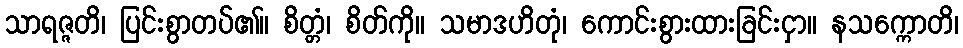
သာရဇ္ဇတိ၊ ပြင်းစွာတပ်၏။ စိတ္တံ၊ စိတ်ကို။ သမာဒဟိတုံ၊ ကောင်းစွားထားခြင်းငှာ။ နသက္ကောတိ၊